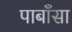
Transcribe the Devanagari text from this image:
पाबाँसा